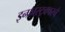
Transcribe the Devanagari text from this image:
इन्फ्रास्ट्रक्चरचे